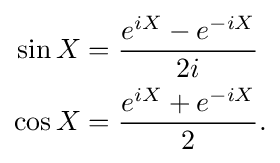
{\begin{aligned}\sin X&={e^{iX}-e^{-iX} \over 2i}\\\cos X&={e^{iX}+e^{-iX} \over 2}.\end{aligned}}